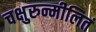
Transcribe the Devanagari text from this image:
चक्षुरुन्मीलितं